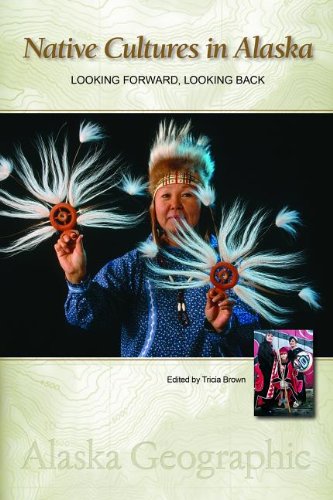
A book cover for Native Cultures in Alaska: Looking Forward, Looking Back (Alaska Geographic); Travel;